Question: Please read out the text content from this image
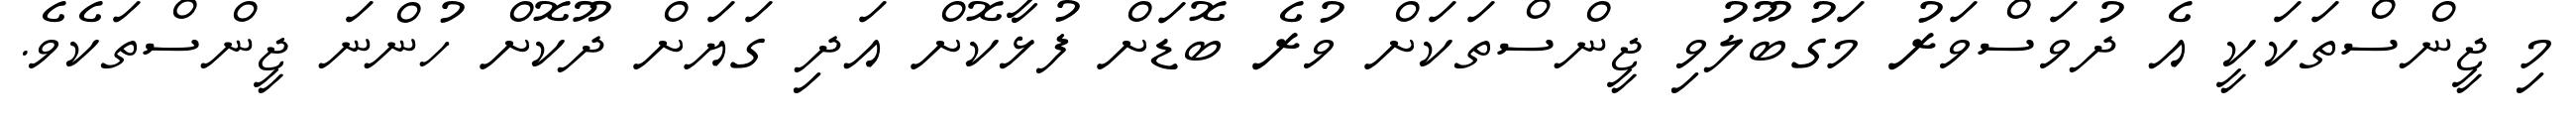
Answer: މި ޖީންސްތަކަކީ އެ ދުވަސްވަރު މަގުބޫލުވި ޖީންސްތަކަށް ވުރެ ބޮޑަށް ފުޅާކޮށް އަދި ގަޔަށް ދޫކޮށް ހުންނަ ޖީންސްތަކެވެ.